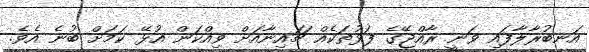
އަނބުރާލާފައި ވަނީ ރާއްޖޭގެ ފަޅުތަކެއް ޗައިނާއަށް ވިއްކަން އުޅޭ ކަމަށް ބުނެ އެވެ.